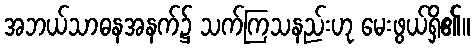
အဘယ်သာဓနအနက်၌ သက်ကြသနည်းဟု မေးဖွယ်ရှိ၏။